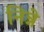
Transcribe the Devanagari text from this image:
निन्ने